Lunatic asylums Punjab 1911-1921 - 1911-1921
Year: 1911
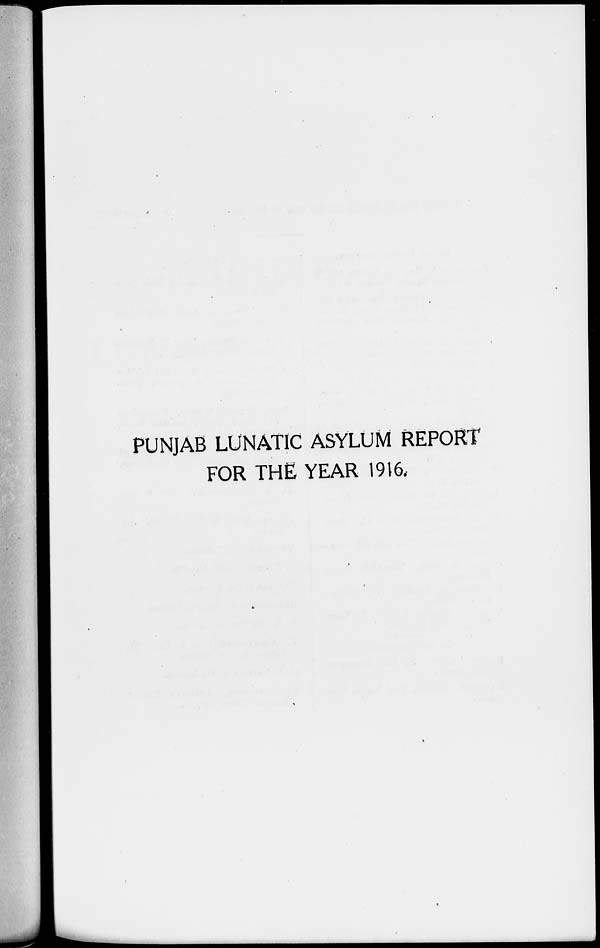
PUNJAB LUNATIC ASYLUM REPORT
FOR THE YEAR 1916.